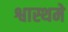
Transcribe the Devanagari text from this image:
श्वास्थमे